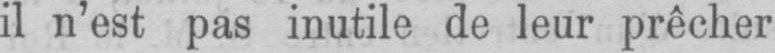
il n’est pas inutile de leur prêcher